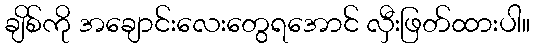
ချိစ်ကို အချောင်းလေးတွေရအောင် လှီးဖြတ်ထားပါ။